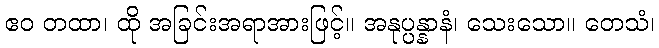
ဧဝ တထာ၊ ထို အခြင်းအရာအားဖြင့်။ အနုပ္ပန္နာနံ၊ သေးသော။ တေသံ၊